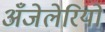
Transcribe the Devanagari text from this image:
अँजेलेरियो